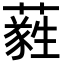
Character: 𦿮